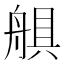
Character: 𦩛